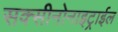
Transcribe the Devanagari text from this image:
सक्सीनोनाइट्राईल